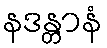
နဒန္တာနံ